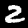
Digit: 2